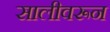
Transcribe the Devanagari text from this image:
सालीवरून